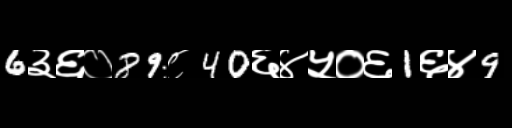
Text: 6३६०89८40६४५०६1६४9